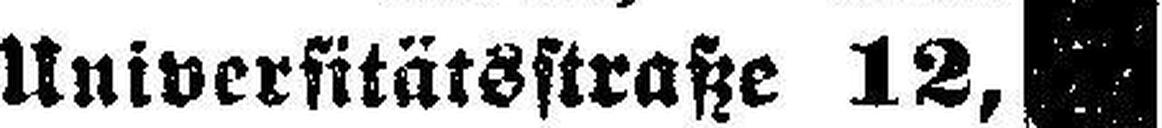
Universitätsstraße 12,